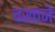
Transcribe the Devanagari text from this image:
चखाने